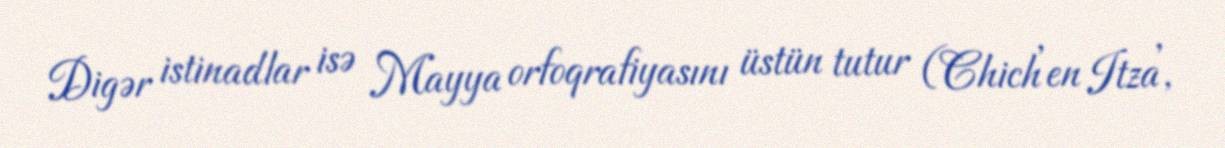
Digər istinadlar isə Mayya orfoqrafiyasını üstün tutur (Chichʼen Itzaʼ,